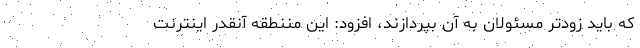
که باید زودتر مسئولان به آن بپردازند، افزود: این مننطقه آنقدر اینترنت